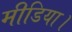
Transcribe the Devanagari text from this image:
मीडिया।